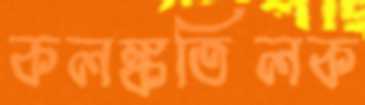
কলঙ্কতিলক